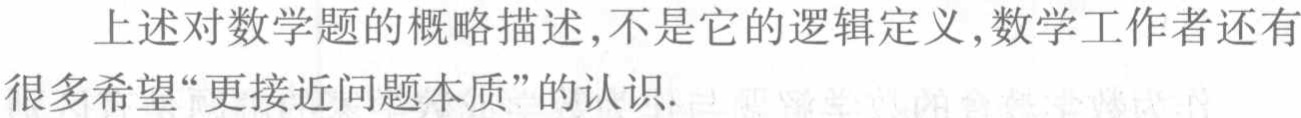
上述对数学题的概略描述,不是它的逻辑定义,数学工作者还有很多希望“更接近问题本质”的认识.